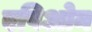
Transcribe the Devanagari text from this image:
एपिओन